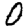
Digit: 0